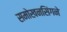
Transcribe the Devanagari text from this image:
समोखनसिंगने